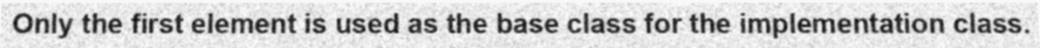
Only the first element is used as the base class for the implementation class.